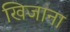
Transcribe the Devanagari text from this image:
खिजाना